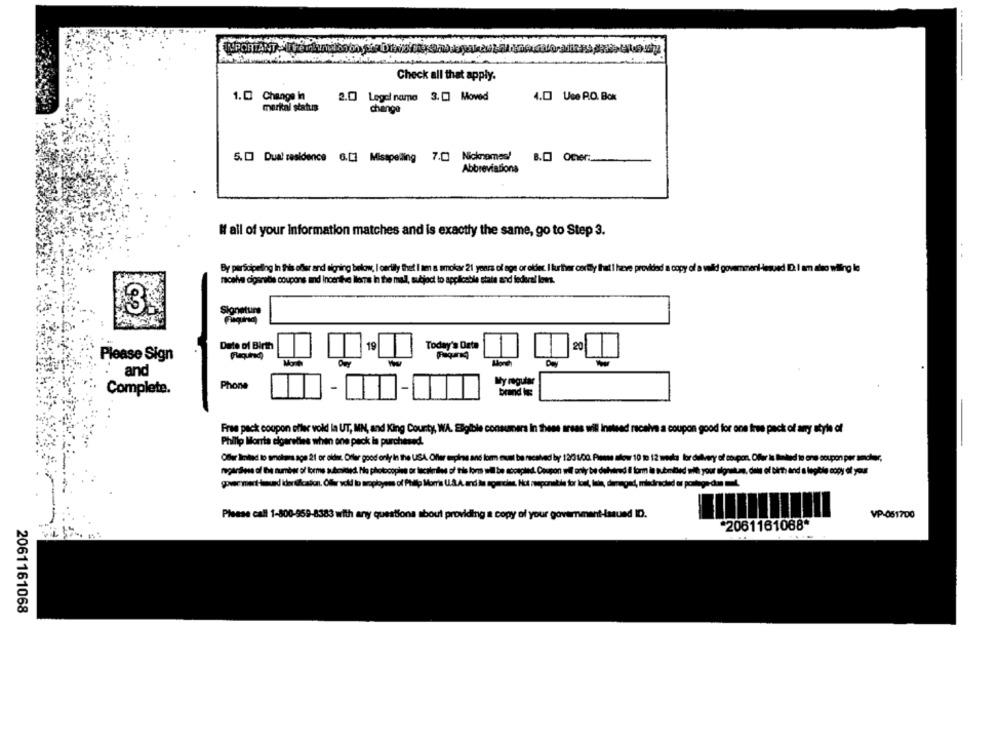
Check all that apply.
2.0 Legal name 3.[] Moved
4. Use P.O. Box
1.[ Change in
marital status
change
5.[] Dual residence 6.[] Misspelling 7.[] Nicknames! B.[] Over ...
Abbreviations
I all of your Information matches and is exactly the same, go to Step 3.
By participating In this offer and signing below, I carlily thet I am a smoker 21 years of age or older. I further cartly that I have provided a copy of a veld govemmeri-issued ID. I am also wiling le
receive cigsnite coupons and Incerthe lloms in the mall, subject to applicabile state and federal laws.
Signature
Date of Birth
19
Today's Date
20
Please Sign
Month
and
Phone
My regular
Complete.
brand is
Free pack coupon oflec vold la UT, MN, and King County, WA. Eligible consumers In these areas will instead receive a coupon good for one free pack of any style of
Philip Morris cigarettes when one pack is purchased.
Offer limited to smokees ape 21 or older. Ofler good only in the USA. Oller espinas and form must be received by 1203 1/00. Pisse low 10 to 12 weeks for delivery of coupon. Offer is limited to one coupon per amcher,
regardless of the number of forms aukcined. No photocopies or lucaleriles of this lorm wil be accepted. Coupon wil only be dehvered il form is submitted with your signature, date of Birth and a legible copy of your
Please call 1-800-959-8383 with any questions about providing a copy of your government-issued ID.
VP-051700
2061161088*
2061161068